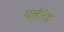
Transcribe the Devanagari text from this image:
थाईलंड